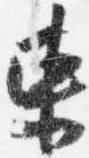
東